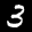
Label: 3